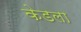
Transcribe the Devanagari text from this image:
केडला